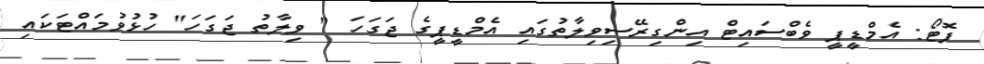
ފޮޓޯ: އެމްޑީޕީ ވެބްސައިޓް އިންގިރޭސިވިލާތުގައި އެމްޑީޕީގެ ޖަގަހަ " ވިލާތު ޖަގަހަ" ހުޅުވުމައްޓަކައި